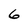
Character: 6